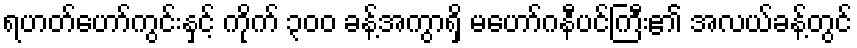
ရဟတ်ဟော်ကွင်းနှင့် ကိုက် ၃၀၀ ခန့်အကွာရှိ မဟော်ဂနီပင်ကြီး၏ အလယ်ခန့်တွင်